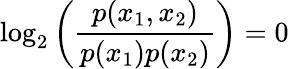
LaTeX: \log_{2}\left(\frac{p(x_{1},x_{2})}{p(x_{1})p(x_{2})}\right)=0